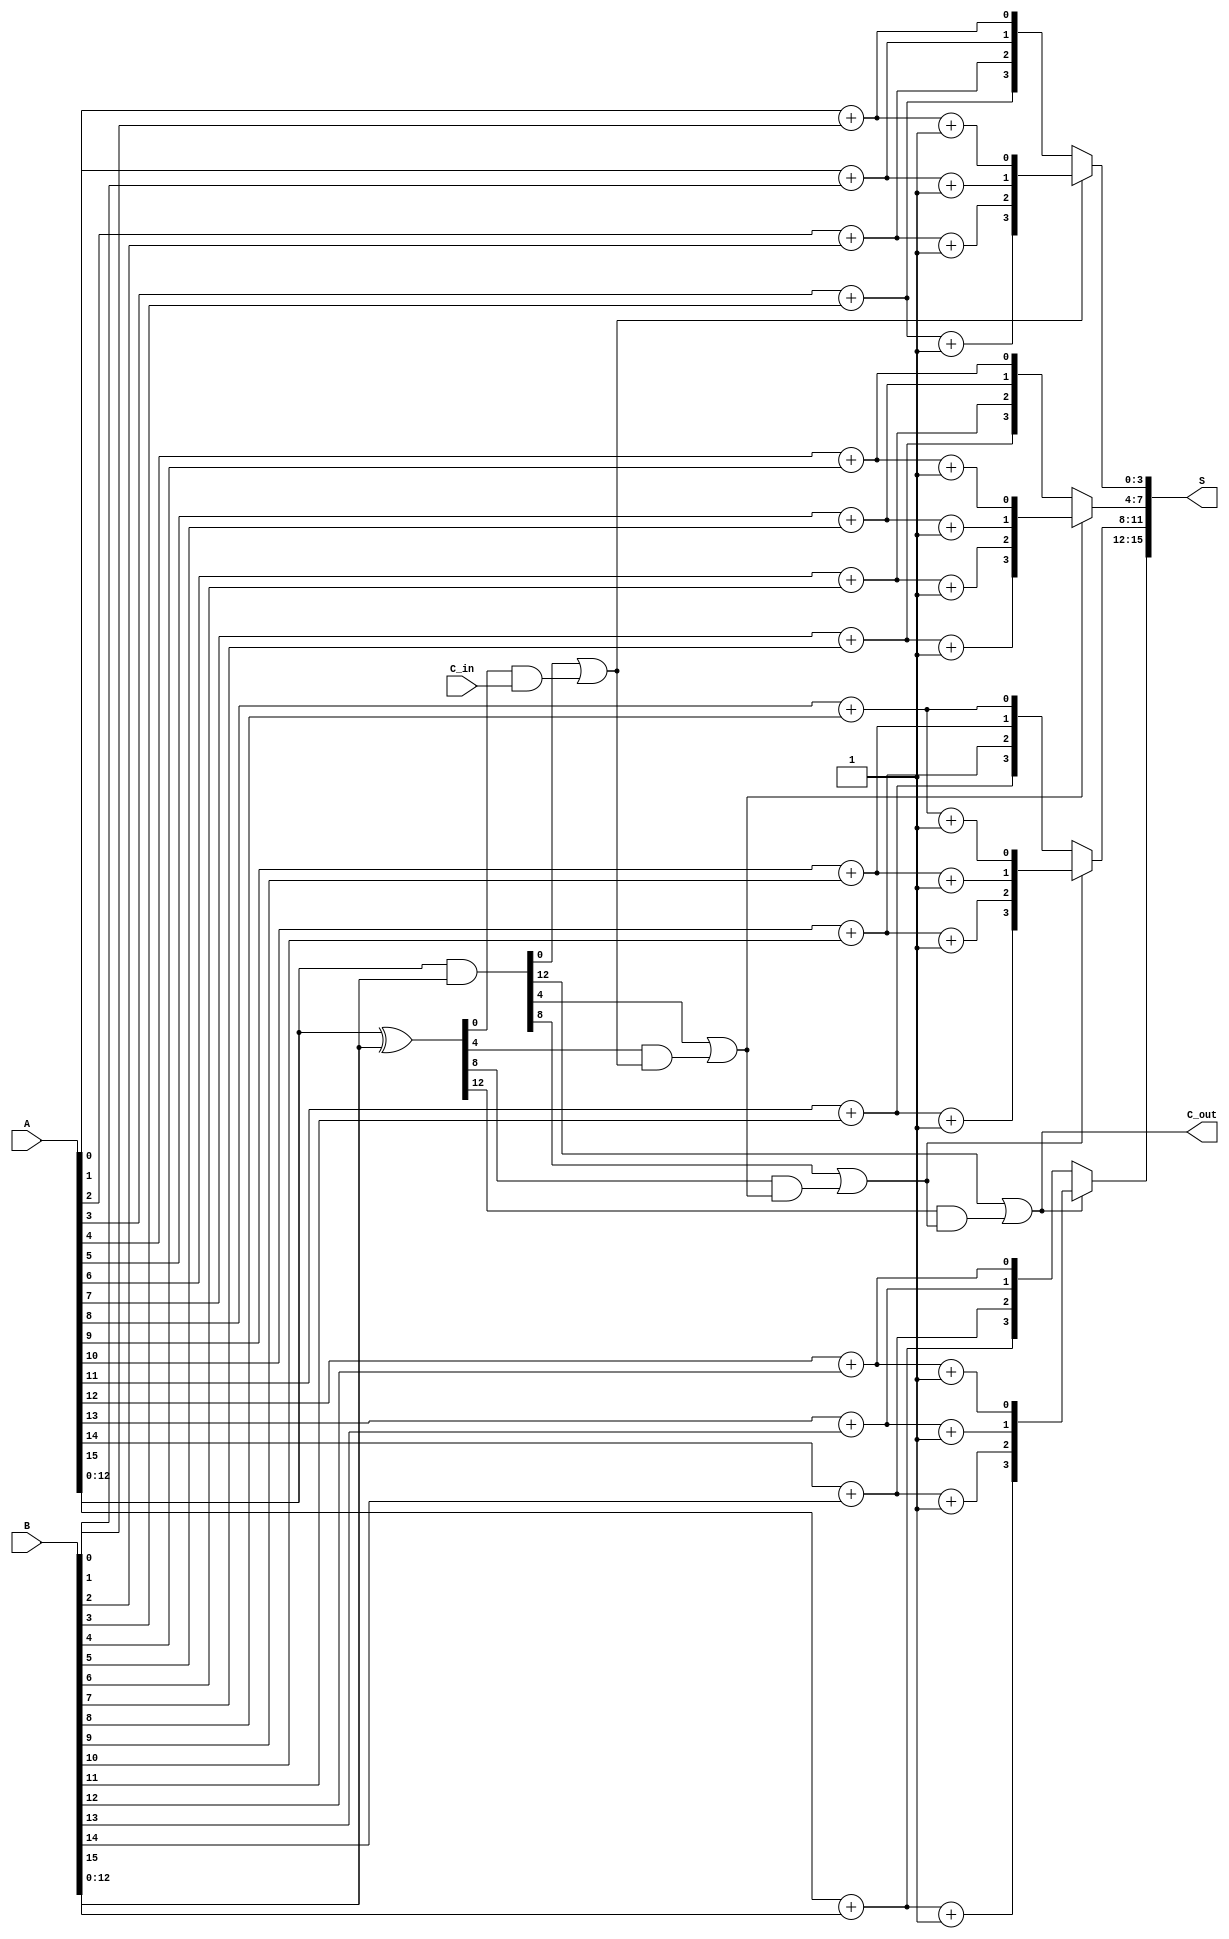
module CSPA #(parameter N = 16) (
    input  [N-1:0] A,
    input  [N-1:0] B,
    input          C_in,
    output [N-1:0] S,
    output         C_out
);

    // Generate (G) and Propagate (P) signals
    wire [N-1:0] G;
    wire [N-1:0] P;

    assign G = A & B; // Generate
    assign P = A ^ B; // Propagate

    // Carry signals
    wire [N/4:0] C; // Carry signals for each block
    wire [N-1:0] S0; // Sum assuming C_in = 0
    wire [N-1:0] S1; // Sum assuming C_in = 1

    // Compute carry signals for each block
    genvar i;
    generate
        for (i = 0; i < N/4; i = i + 1) begin : carry_generation
            if (i == 0) begin
                assign C[i] = G[4*i] | (P[4*i] & C_in);
            end else begin
                assign C[i] = G[4*i] | (P[4*i] & C[i-1]);
            end
        end
    endgenerate

    // Compute sums for both cases
    generate
        for (i = 0; i < N; i = i + 1) begin : sum_generation
            assign S0[i] = A[i] + B[i]; // Sum when C_in = 0
            assign S1[i] = A[i] + B[i] + 1; // Sum when C_in = 1
        end
    endgenerate

    // Select the correct sum based on the carry signals
    generate
        for (i = 0; i < N/4; i = i + 1) begin : sum_select
            assign S[4*i +: 4] = (C[i] ? S1[4*i +: 4] : S0[4*i +: 4]);
        end
    endgenerate

    // Final carry out
    assign C_out = C[N/4 - 1];

endmodule